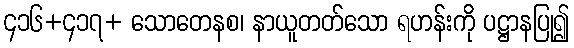
၄၁၆+၄၁၇+ သောတေနစ၊ နာယူတတ်သော ရဟန်းကို ပဋ္ဌာနပြု၍